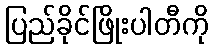
ပြည်ခိုင်ဖြိုးပါတီကို